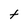
Character: t